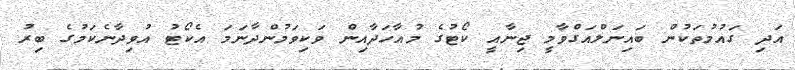
އަދި ގައުމުތަކުން ބައިނަލްއަގްވާމީ ޖިނާއީ ކޯޓުގެ މުއާހަދާއިން ވަކިވަމުންދާނަމަ އެކޯޓު އުވިދާނެކަމުގެ ބިރު